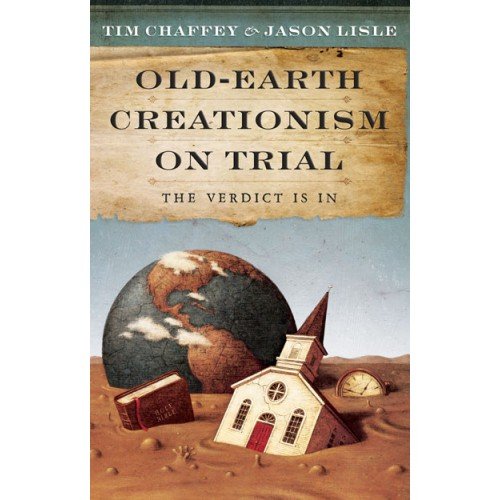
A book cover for Old Earth Creationism on Trial: The Verdict Is In; Tim Chaffey; Christian Books & Bibles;